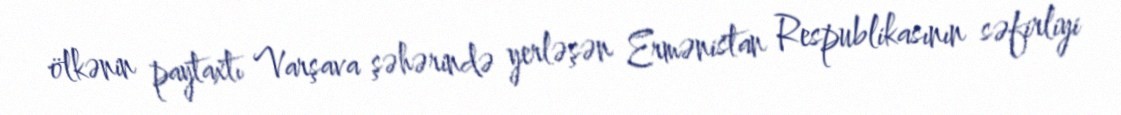
ölkənin paytaxtı Varşava şəhərində yerləşən Ermənistan Respublikasının səfirliyi